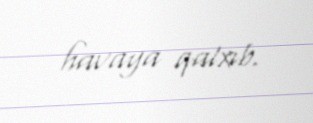
havaya qalxıb.